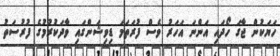
ހަޔަކުން ޖާގަ ހޯދައި އަންނަ އަހަރު ވެސް ފުރަތަމަ ޑިވިޝަންގައި ވާދަކުރުމުގެ ފުރުސަތު